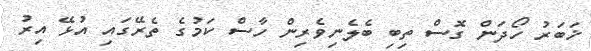
ޚަބަރު ހޯދަން ގޮސް ތިބި ބެލެނިވެރިން ހާސް ކަމުގެ ތެރޭގައި އުޅޭ އިރު